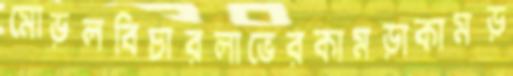
মোড়লবিচারলাভেরকামড়াকামড়